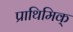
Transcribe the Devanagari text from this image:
प्राथिमिक्